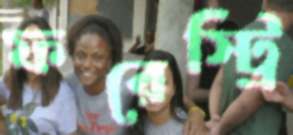
ফরেস্ট্রি